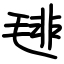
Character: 毴